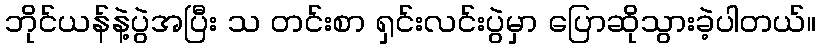
ဘိုင်ယန်နဲ့ပွဲအပြီး သ တင်းစာ ရှင်းလင်းပွဲမှာ ပြောဆိုသွားခဲ့ပါတယ်။